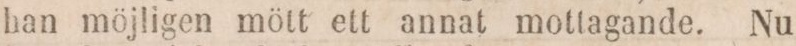
han möjligen mött ett annat mottagande. Nu